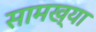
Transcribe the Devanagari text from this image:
सामख्या